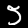
Label: 5